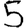
Digit: 5